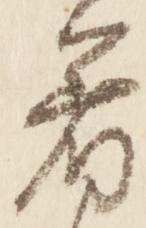
着